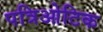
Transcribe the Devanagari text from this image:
पत्रिओटिक